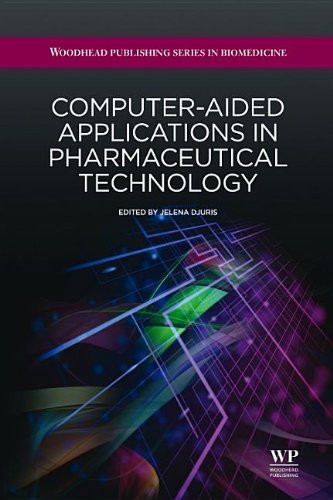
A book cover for Computer-Aided Applications in Pharmaceutical Technology (Woodhead Publishing Series in Biomedicine); Business & Money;